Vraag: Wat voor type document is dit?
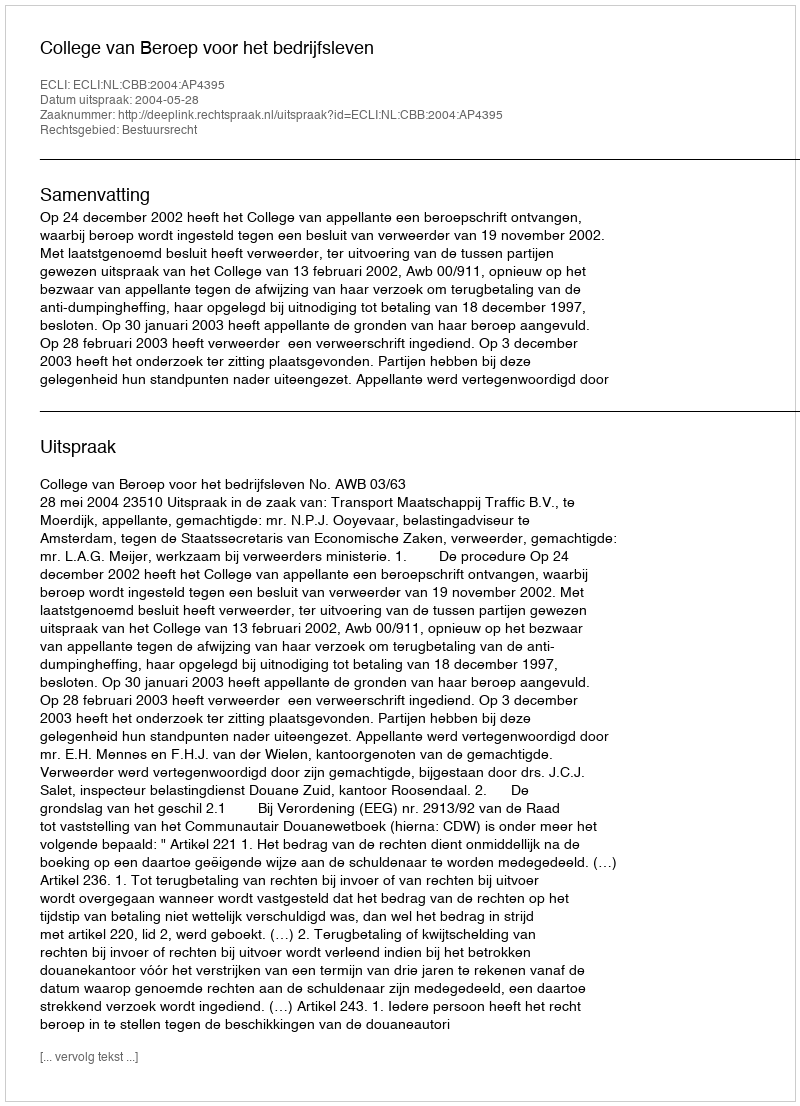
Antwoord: Uitspraak